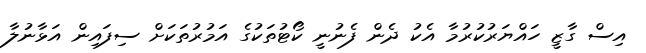
އިސް ގާޒީ ހައްޔަރުކުރުމާ އެކު ދެން ފެނުނީ ކޯޓުތަކުގެ އަމުރުތަކަށް ސިފައިން އަޅާނުލާ